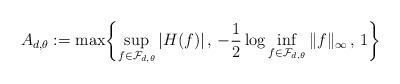
LaTeX: \begin{align*}A_{d,\theta} := \max \biggl\{ \sup_{f \in \mathcal{F}_{d,\theta}} |H(f)| \, , \, -\frac{1}{2} \log \inf_{f \in \mathcal{F}_{d,\theta}} \|f\|_\infty \, , \, 1\biggr\}\end{align*}